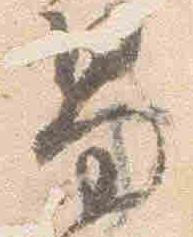
男